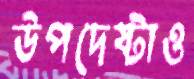
উপদেষ্টাও